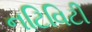
નટિવિટી